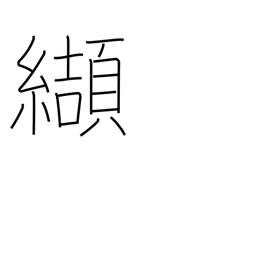
Meaning: purblind